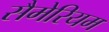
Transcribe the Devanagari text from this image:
सैमेरियम